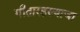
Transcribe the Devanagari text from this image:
गीतारहस्याचा